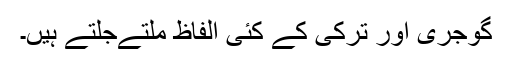
گوجری اور ترکی کے کئی الفاظ ملتےجلتے ہیں۔